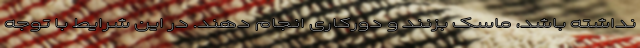
نداشته باشد، ماسک بزنند و دورکاری انجام دهند. در این شرایط با توجه